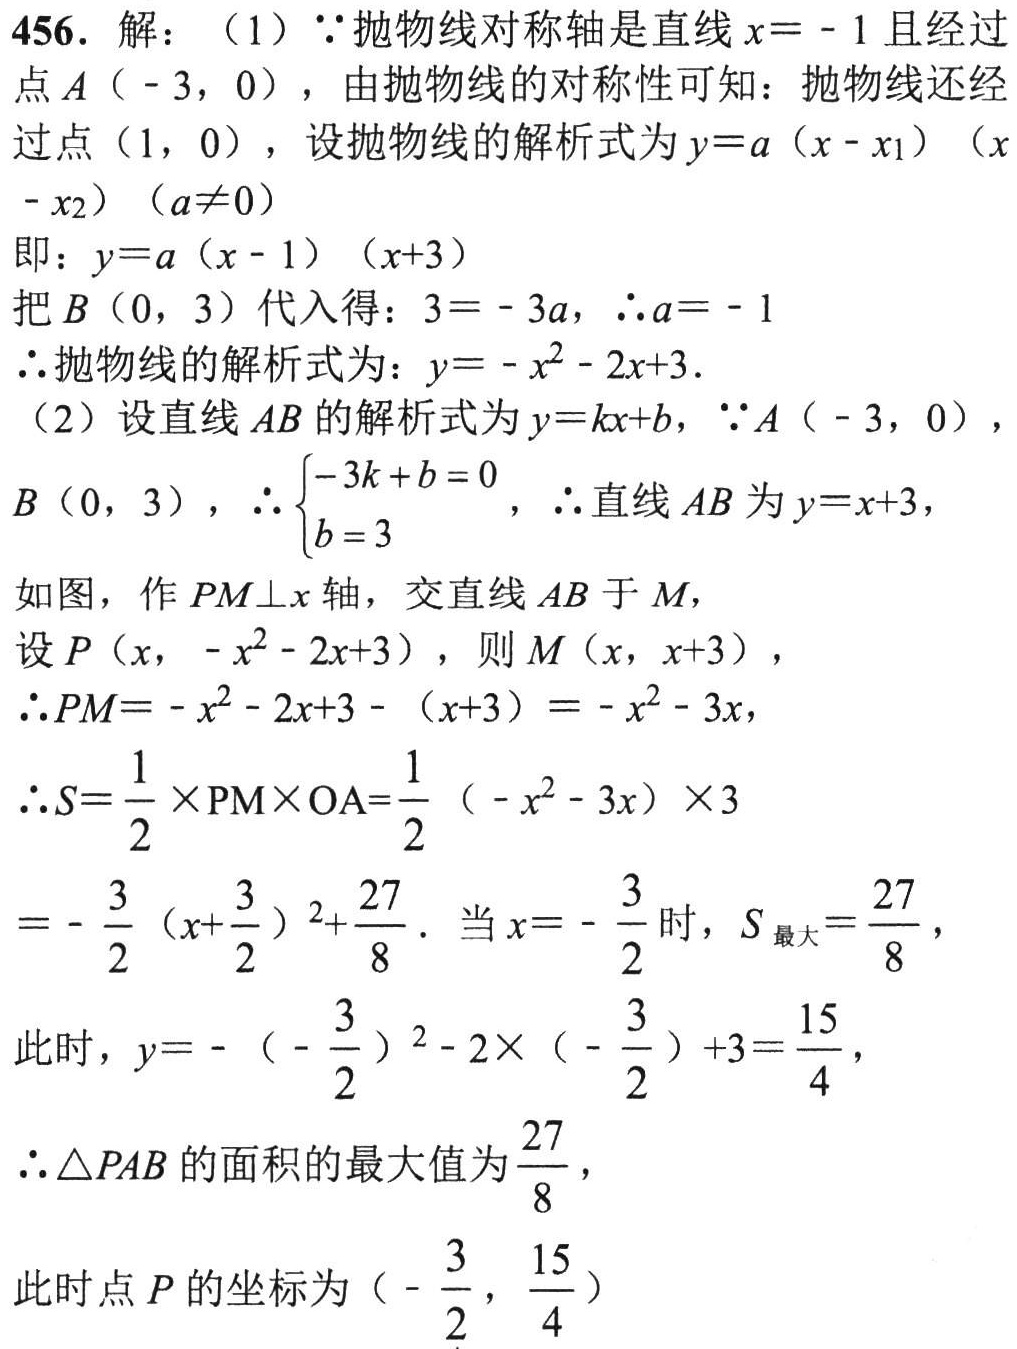
456. 解：
（1）\(\because\)抛物线对称轴是直线\(x = - 1\)且经过点\(A(-3,0)\)，由抛物线的对称性可知：抛物线还经过点\((1,0)\)，设抛物线的解析式为\(y = a(x - x_1)(x - x_2)(a\neq0)\)
即：\(y = a(x - 1)(x + 3)\)
把\(B(0,3)\)代入得：\(3=-3a\)，\(\therefore a = - 1\)
\(\therefore\)抛物线的解析式为：\(y=-x^{2}-2x + 3\)．
（2）设直线\(AB\)的解析式为\(y = kx + b\)，\(\because A(-3,0)\)，\(B(0,3)\)，\(\therefore\begin{cases}-3k + b = 0\\b = 3\end{cases}\)，\(\therefore\)直线\(AB\)为\(y = x + 3\)，
如图，作\(PM\perp x\)轴，交直线\(AB\)于\(M\)，
设\(P(x,-x^{2}-2x + 3)\)，则\(M(x,x + 3)\)，
\(\therefore PM=-x^{2}-2x + 3-(x + 3)=-x^{2}-3x\)，
\(\therefore S=\frac{1}{2}\times PM\times OA=\frac{1}{2}(-x^{2}-3x)\times3\)
\(=-\frac{3}{2}(x+\frac{3}{2})^{2}+\frac{27}{8}\)．当\(x = -\frac{3}{2}\)时，\(S_{最大}=\frac{27}{8}\)，
此时，\(y=-(-\frac{3}{2})^{2}-2\times(-\frac{3}{2})+3=\frac{15}{4}\)，
\(\therefore\triangle PAB\)的面积的最大值为\(\frac{27}{8}\)，
此时点\(P\)的坐标为\((-\frac{3}{2},\frac{15}{4})\)